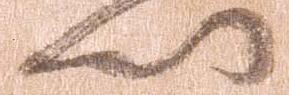
門